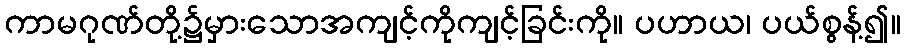
ကာမဂုဏ်တို့၌မှားသောအကျင့်ကိုကျင့်ခြင်းကို။ ပဟာယ၊ ပယ်စွန့်၍။